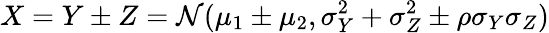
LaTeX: X=Y\pm Z=\mathcal{N}(\mu_{1}\pm\mu_{2},\sigma_{Y}^{2}+\sigma_{Z}^{2}\pm\rho\sigma_{Y}\sigma_{Z})